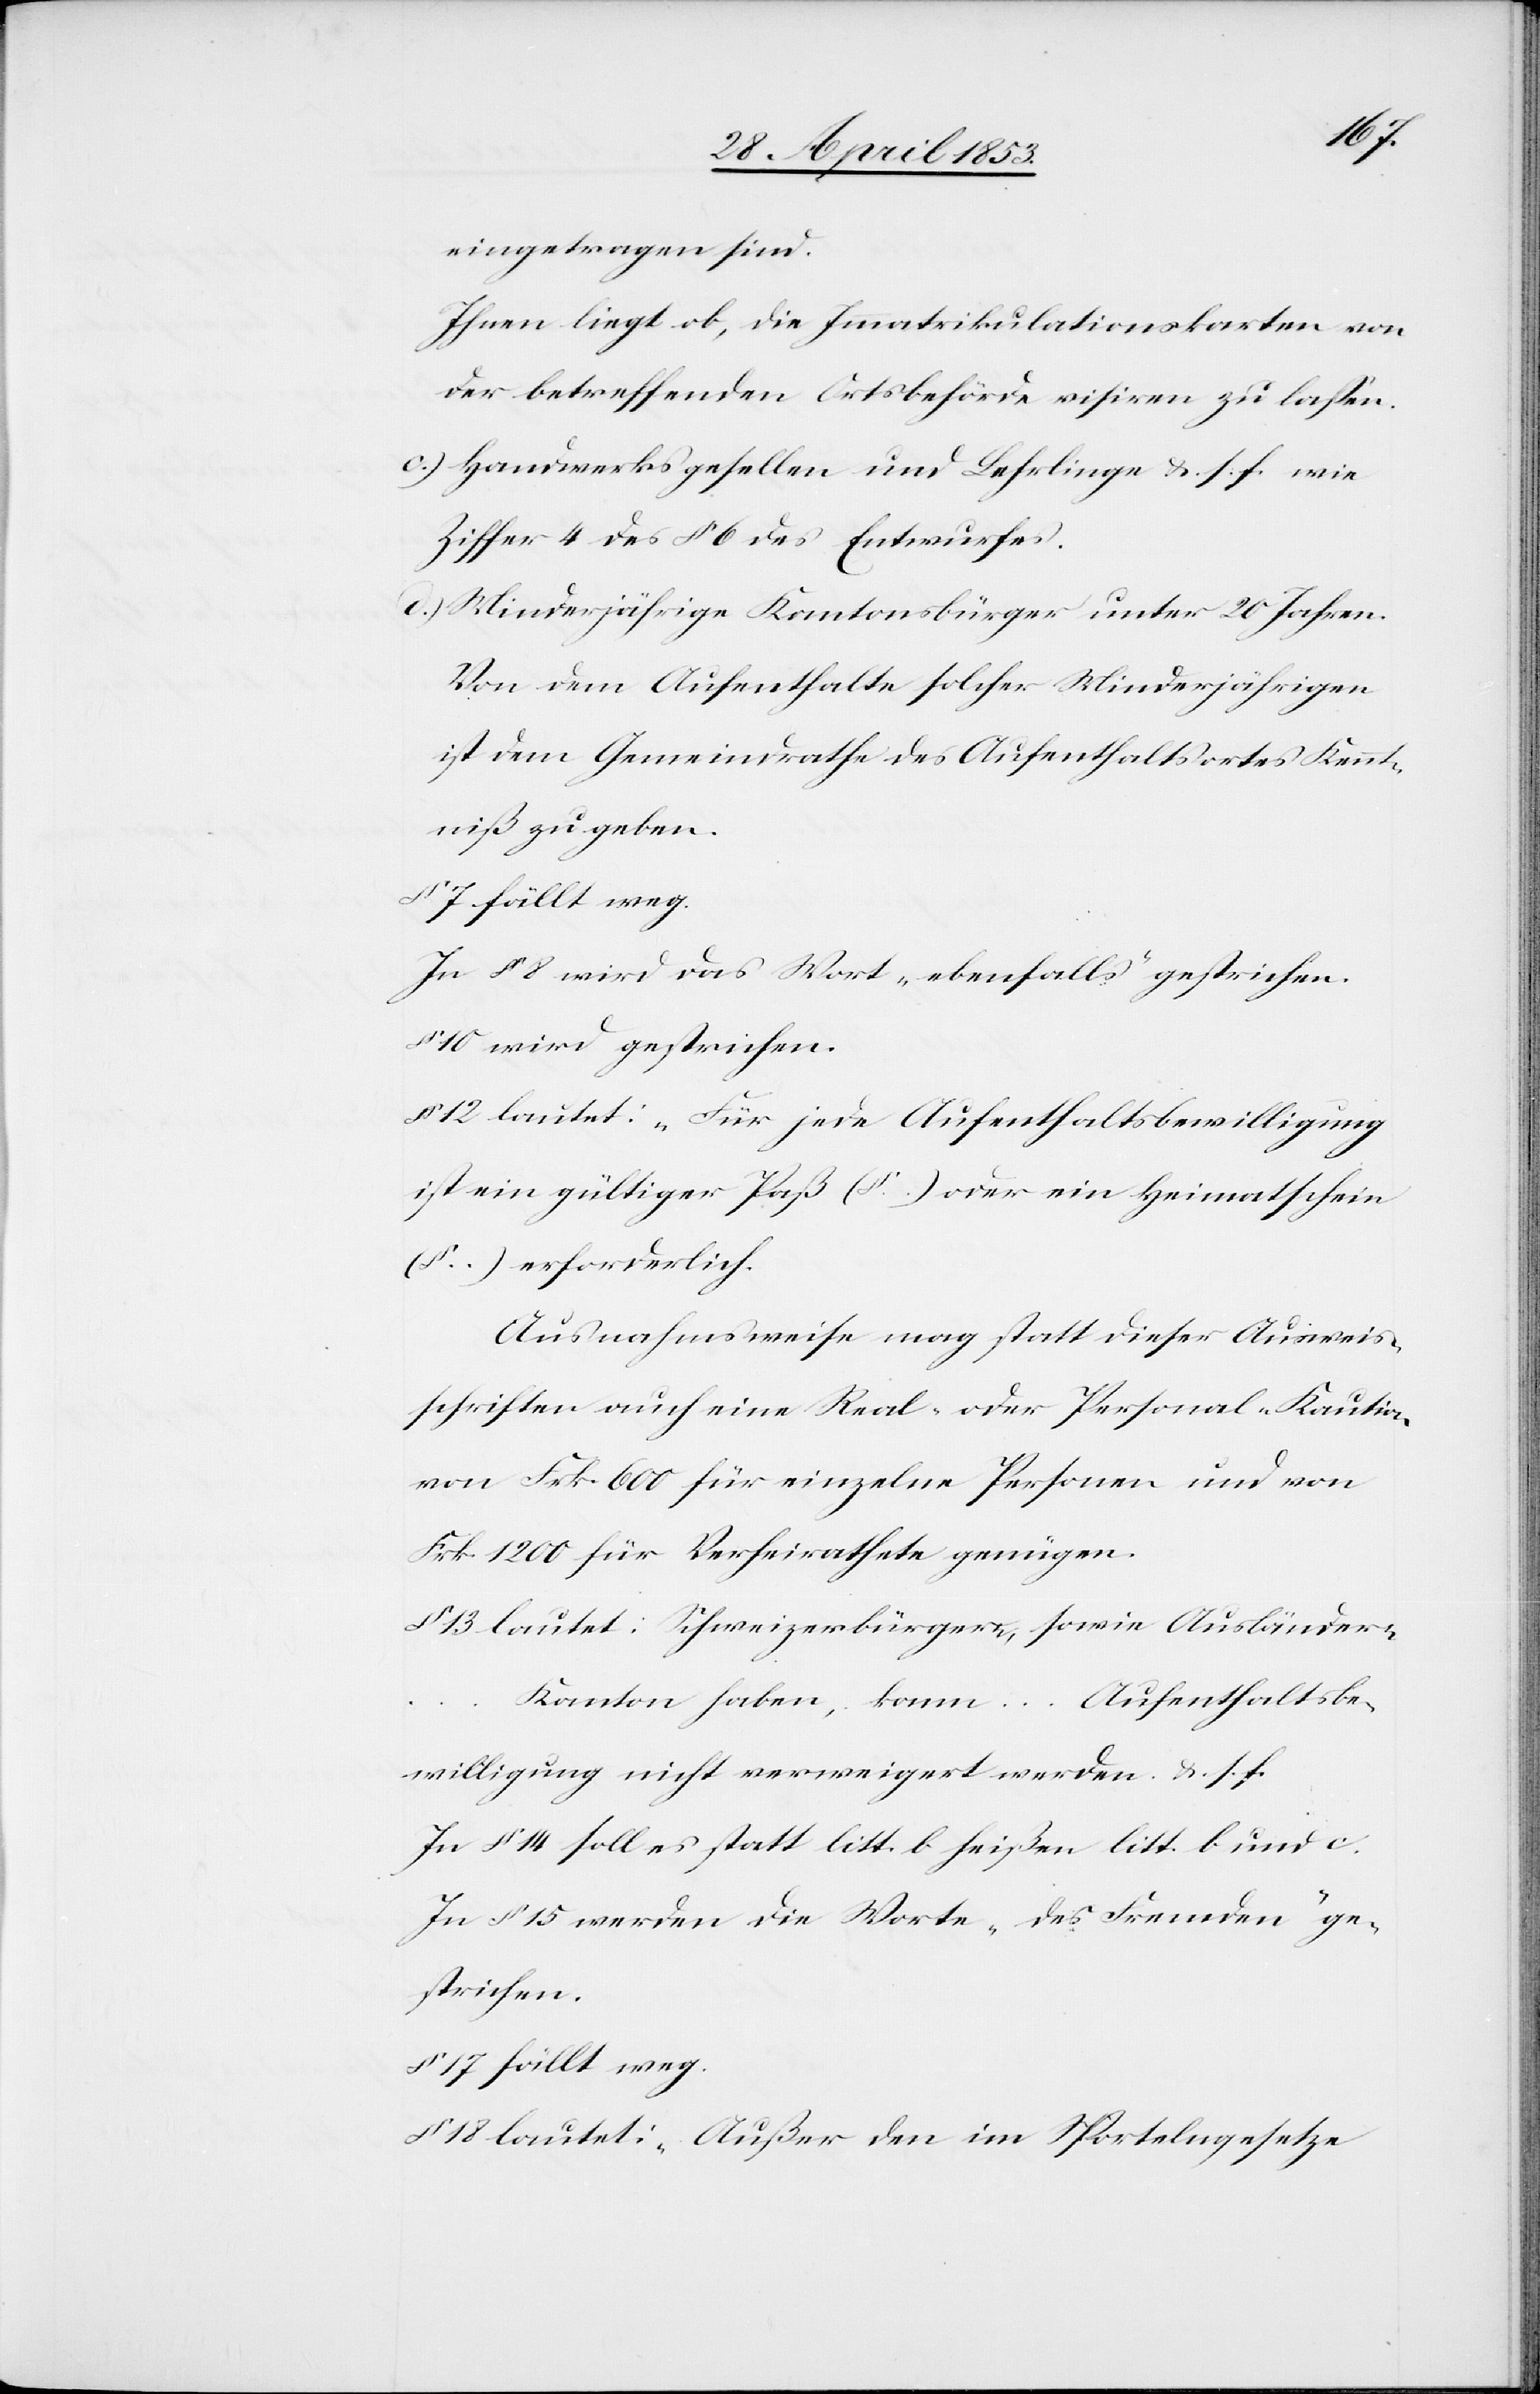
eingetragen sind.
Ihnen liegt ob, die Immatrikulationskarten von
der betreffenden Ortsbehörde visiren zu laßen.
c.) Handwerksgesellen und Lehrlingen u. s. f. wie
Ziffer 4 des § 6 des Entwurfes.
d.) Minderjährige Kantonsbürger unter 20 Jahren.
Von dem Aufenthalte solcher Minderjährigen
ist dem Gemeindrathe des Aufenthaltsortes Kennt¬
niß gegeben.
§ 7 fällt weg.
In § 8 wird das Wort „ebenfalls“ gestrichen.
§ 10 wird gestrichen.
§ 12 lautet: „Für jede Aufenthaltsbewilligung
ist ein gültiger Paß (§ …) oder ein Heimatschien
(§ …) erforderlich.
Ausnahmsweise mag statt dieser Ausweis¬
schriften auch eine Real- oder Personal-Kaution
von Frk. 600 für einzelne Personen und von
Frk. 1200 für Verheirathete genügen.
§ 13 lautet: Schweizerbürgern, sowie Ausländern …
Kanton haben, kann … Aufenthaltsbe¬
willigung nicht verweigert werden u. s. f.
In § 14 soll es statt litt. b. heißen litt. b. und c.
In § 15 werden die Worte „des Kunden“ ge¬
strichen.
§ 17 fällt weg.
§ 18 lautet: „Außer den im Sportelngesetze